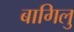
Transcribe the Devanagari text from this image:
बागिलु